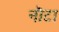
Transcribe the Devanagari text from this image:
नॊटा